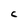
Character: C